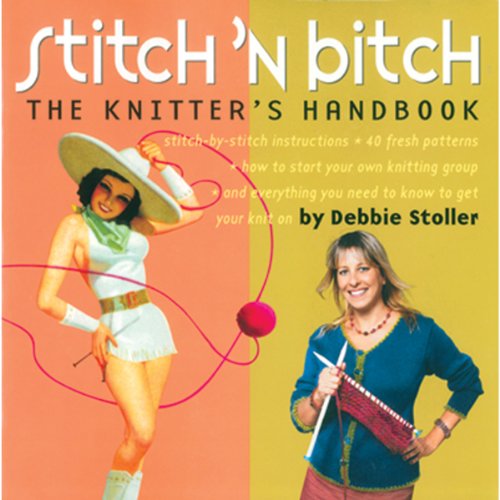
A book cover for Stitch 'n Bitch: The Knitter's Handbook; Debbie Stoller; Crafts, Hobbies & Home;